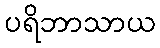
ပရိဘာသာယ